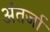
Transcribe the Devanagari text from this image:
अंतर्जा